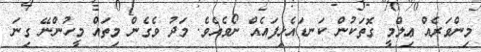
މިންވަރެއް ޢިލްމީ ގޮތަކުން ކަނޑައެޅިފައެއް ނޯވެއެވެ. މަދު ވެގެން މިތައް މީހުންނޭ ގިނަ